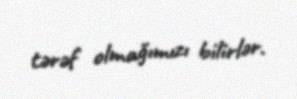
tərəf olmağımızı bilirlər.